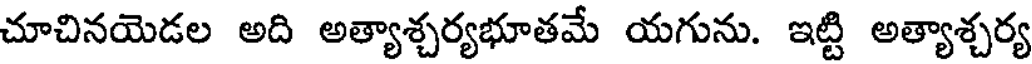
చూచినయెడల అది అత్యాశ్చర్యభూతమే యగును. ఇట్టి అత్యాశ్చర్య